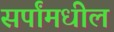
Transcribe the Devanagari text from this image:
सर्पांमधील